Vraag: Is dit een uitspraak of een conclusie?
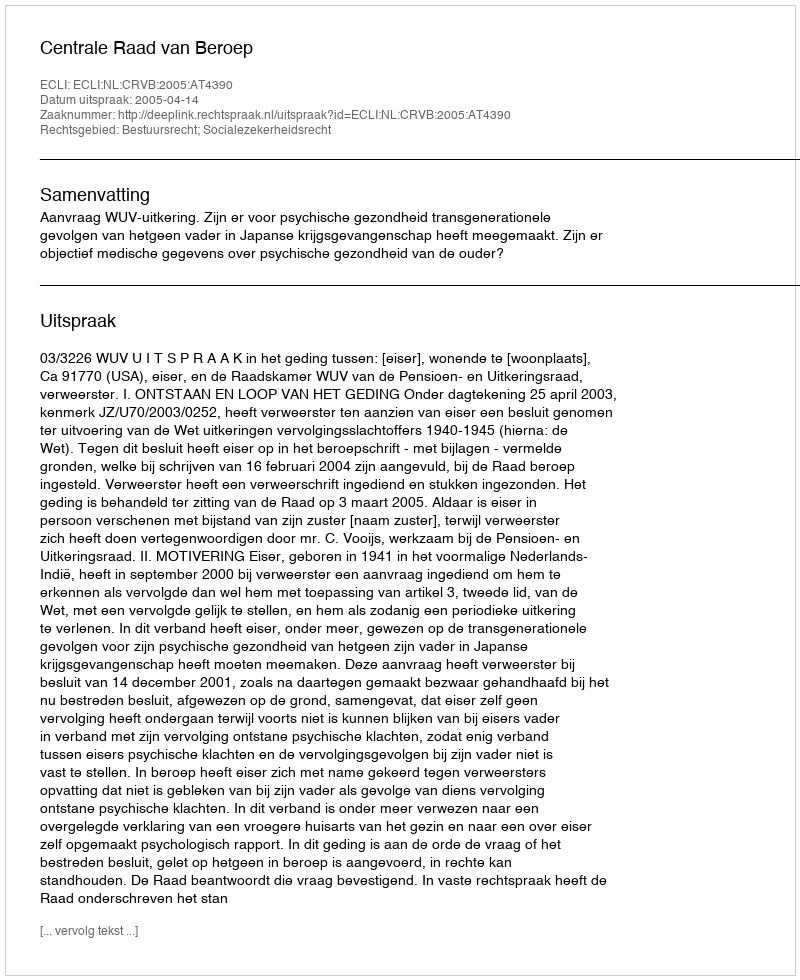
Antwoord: Uitspraak